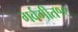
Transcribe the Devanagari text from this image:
गर्वगीत१९